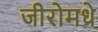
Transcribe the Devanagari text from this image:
जीरोमधे